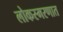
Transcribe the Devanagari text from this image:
लोकस्मरणात